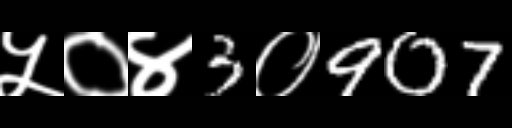
Text: ५०४3०907